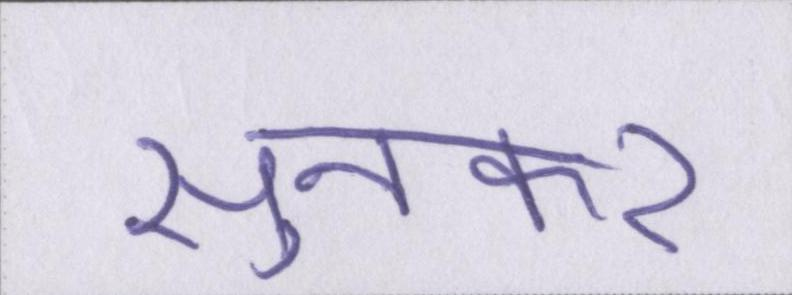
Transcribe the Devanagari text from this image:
सुनकर